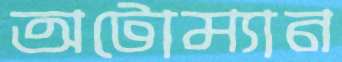
অটোম্যান